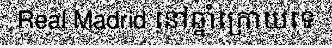
Real Madrid នៅឆ្នាំក្រោយទេ